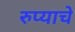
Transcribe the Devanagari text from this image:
रुप्याचे